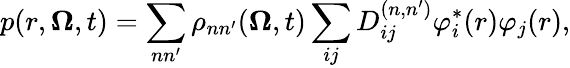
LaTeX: p(r,\boldsymbol{\Omega},t)=\sum_{nn^{\prime}}\rho_{nn^{\prime}}(\boldsymbol{\Omega},t)\sum_{ij}D_{ij}^{(n,n^{\prime})}\varphi_{i}^{*}(r)\varphi_{j}(r),